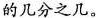
的几分之几。